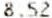
8.52